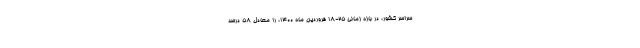
سراسر کشور، در بازه زمانی ۲۵-۱۸ فروردین ماه ۱۴۰۰، را معادل ۵۸ درصد